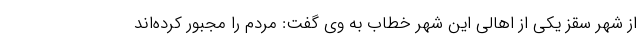
از شهر سقز یکی از اهالی این شهر خطاب به وی گفت: مردم را مجبور کرده‌اند